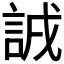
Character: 𧧐